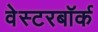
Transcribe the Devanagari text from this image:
वेस्टरबॉर्क